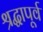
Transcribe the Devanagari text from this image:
श्रद्धापूर्व